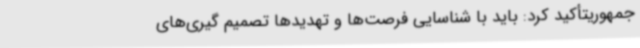
جمهوریتأکید کرد: باید با شناسایی فرصت‌ها و تهدیدها تصمیم گیری‌های